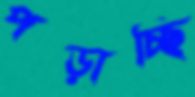
পড়াচ্ছি